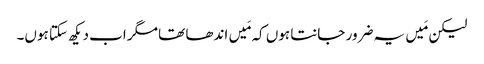
‏ لیکن مَیں یہ ضرور جانتا ہوں کہ مَیں اندھا تھا مگر اب دیکھ سکتا ہوں۔